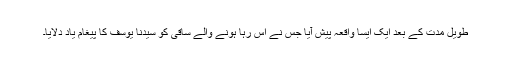
طویل مدت کے بعد ایک ایسا واقعہ پیش آیا جس نے اس رہا ہونے والے ساقی کو سیدنا یوسف کا پیغام یاد دلایا۔